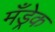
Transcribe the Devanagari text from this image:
मँड्रेक